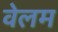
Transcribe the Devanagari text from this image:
वेलम